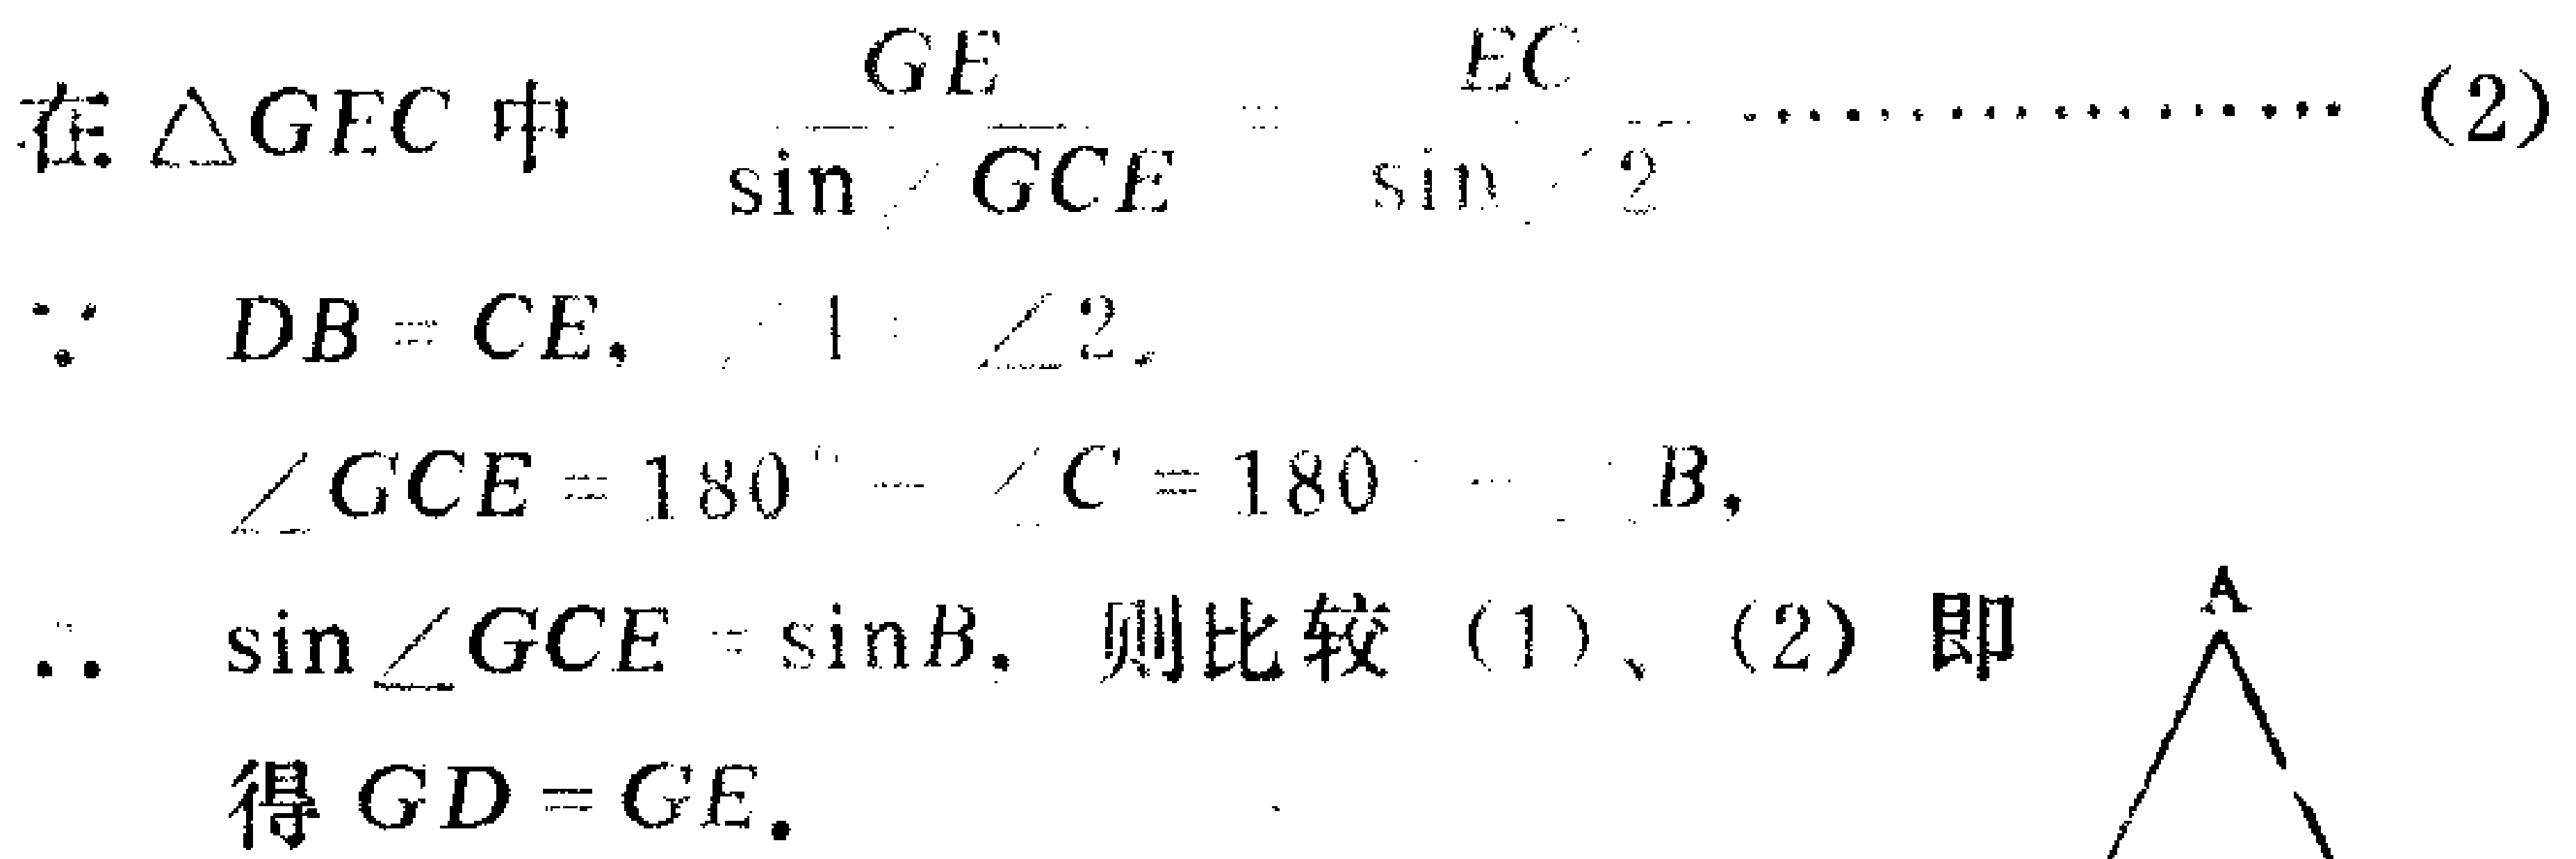
在$\triangle GEC$中

\(\frac{GE}{\sin\angle GCE}=\frac{EC}{\sin\angle 2}\cdots\cdots(2)\)

\(\because DB = CE,\angle 1=\angle 2\)

\(\angle GCE = 180^{\circ}-\angle C = 180^{\circ}-\angle B\)

\(\therefore \sin\angle GCE=\sin B\). 则比较\((1)\)、\((2)\)即

得 \(GD = GE\).